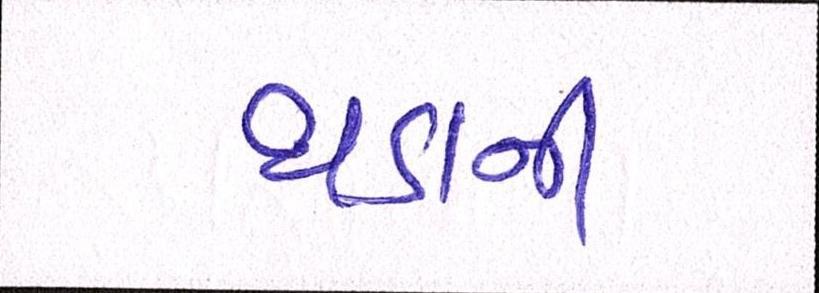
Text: થડાની